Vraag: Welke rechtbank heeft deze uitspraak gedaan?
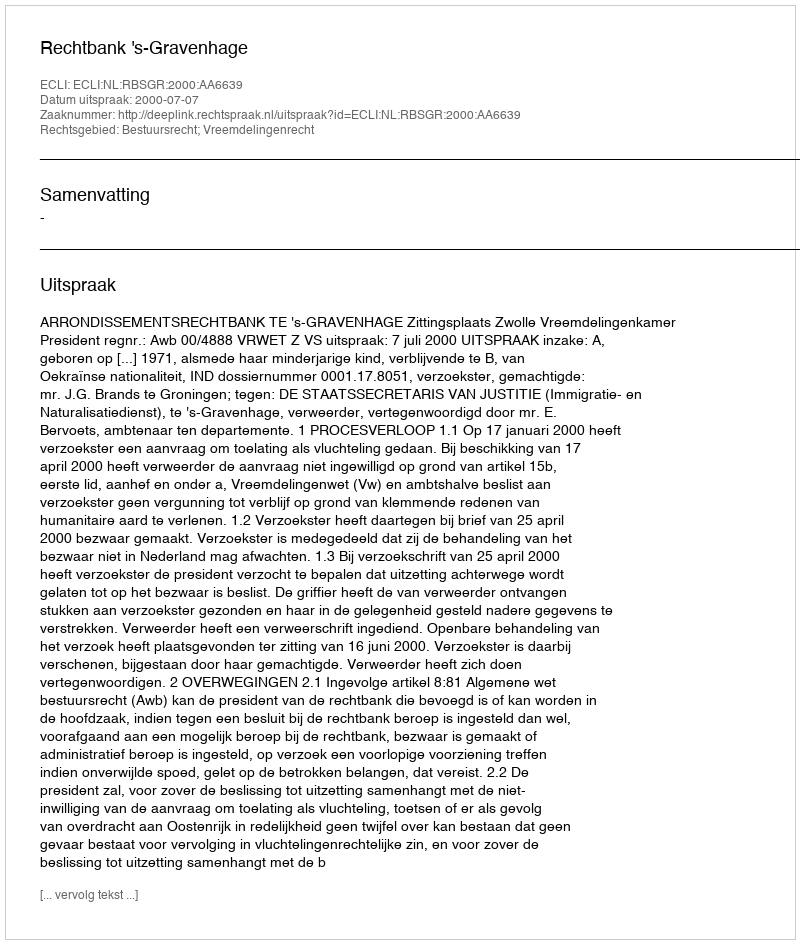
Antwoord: Rechtbank 's-Gravenhage